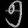
Digit: ၅